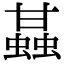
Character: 䗣